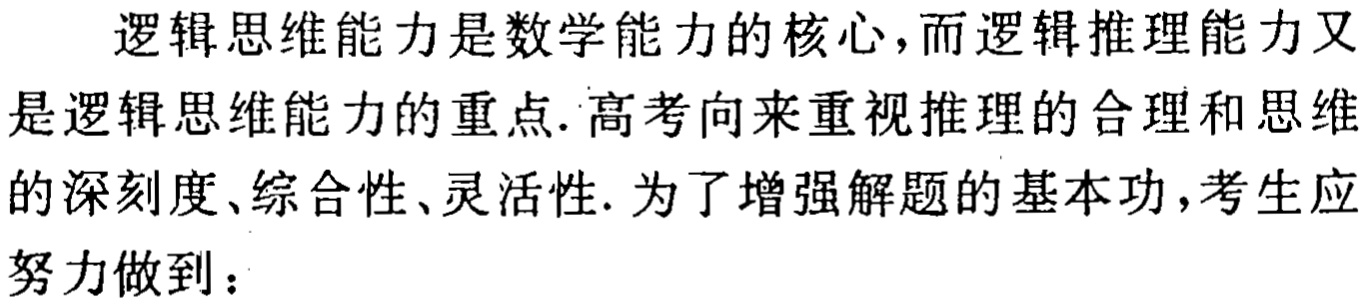
逻辑思维能力是数学能力的核心,而逻辑推理能力又是逻辑思维能力的重点.高考向来重视推理的合理和思维的深刻度、综合性、灵活性. 为了增强解题的基本功,考生应努力做到：